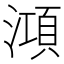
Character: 澒